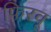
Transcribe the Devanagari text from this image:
फिरवू